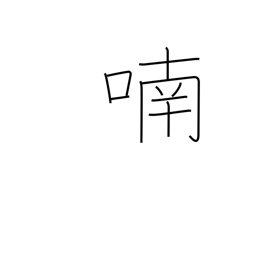
Meaning: chatter